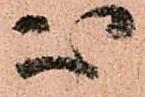
心